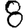
Digit: 8